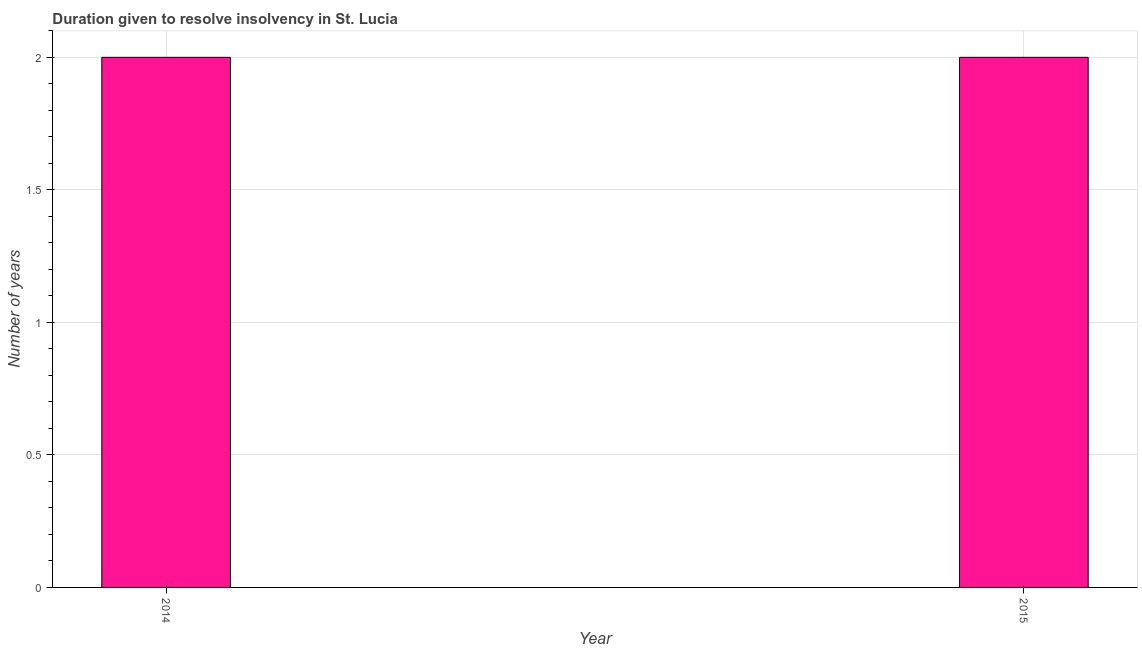
| Year | Resolve insolvency |
 | --- | --- |
 | 2014 | 2 |
 | 2015 | 2 |